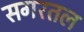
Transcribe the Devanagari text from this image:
सगरतल